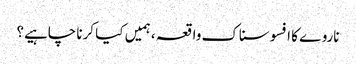
ناروے کا افسوسناک واقعہ ، ہمیں کیا کرنا چاہیے؟